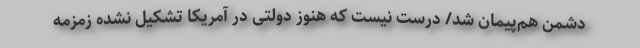
دشمن هم‌پیمان شد/ درست نیست که هنوز دولتی در آمریکا تشکیل نشده زمزمه